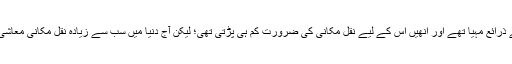
اسلامی نظام میں ہر ملک اور خطہ کے لوگوں کو مقامی سطح پر معاش اور رزق کے ذرائع مہیا تھے اور انھیں اس کے لیے نقلِ مکانی کی ضرورت کم ہی پڑتی تھی؛ لیکن آج دنیا میں سب سے زیادہ نقلِ مکانی معاشی ضرورتوں کی بنیاد پر ہورہی ہے اور لاکھوں افراد ادھر سے ادھر منتقل ہورہے ہیں۔